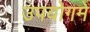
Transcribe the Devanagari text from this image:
उपयोगमे